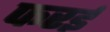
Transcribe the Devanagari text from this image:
फरई